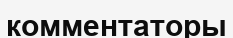
комментаторы